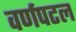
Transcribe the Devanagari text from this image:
वर्णपटल